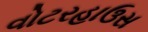
વોટરહાઉસ